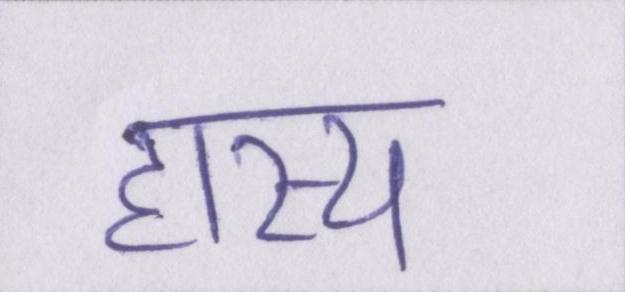
हास्य